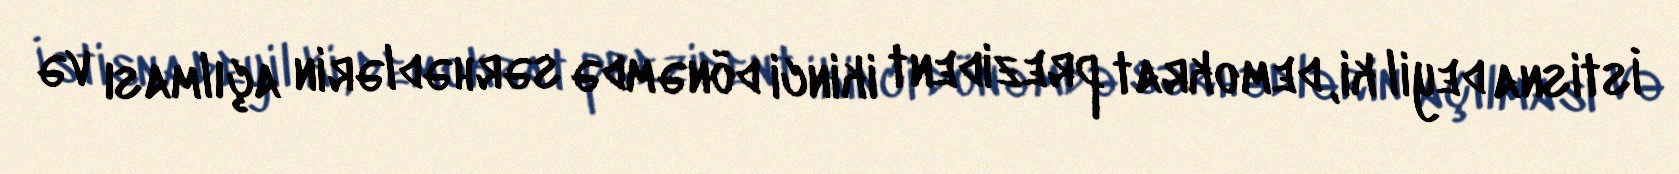
İstisna deyil ki, demokrat prezident ikinci dönəmdə sərhədlərin açılması və